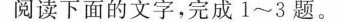
阅读下面的文字，完成1~3题。